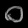
Digit: ၀